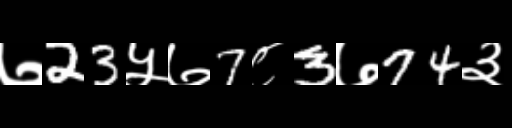
Text: ७23५७7८3७74३